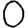
Digit: 0